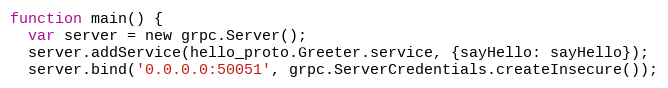
Language: JavaScript
function main() {
  var server = new grpc.Server();
  server.addService(hello_proto.Greeter.service, {sayHello: sayHello});
  server.bind('0.0.0.0:50051', grpc.ServerCredentials.createInsecure());